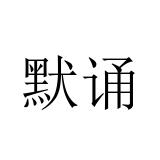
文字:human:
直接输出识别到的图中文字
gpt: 默诵